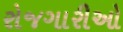
રોજગારીઓ